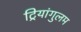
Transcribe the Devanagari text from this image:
ट्रियांगुलम